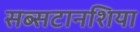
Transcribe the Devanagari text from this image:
सब्सटानशिया